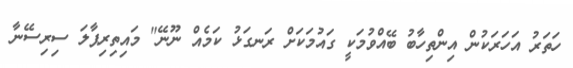
ހަތަރު އަހަރަކުން އިންތިހާބު ބޭއްވުމަކީ ގައުމަކަށް ރަނގަޅު ކަމެއް ނޫނޭ" މައިތިރިޕާލަ ސިރިސޭނާ